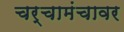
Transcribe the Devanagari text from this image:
चर्चामंचावर